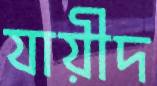
যায়ীদ